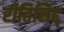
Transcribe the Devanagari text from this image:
रीतिसिद्द्